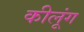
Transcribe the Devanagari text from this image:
कीलूंग